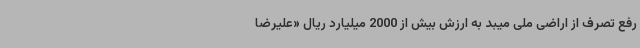
رفع تصرف از اراضی ملی میبد به ارزش بیش از 2000 میلیارد ریال «علیرضا